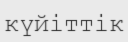
күйіттік